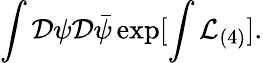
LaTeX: \int{\cal D}\psi{\cal D}\bar{\psi}\exp[\int{\cal L}_{(4)}].